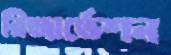
রিজার্ভেশন